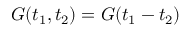
G ( t _ { 1 } , t _ { 2 } ) = G ( t _ { 1 } - t _ { 2 } )